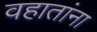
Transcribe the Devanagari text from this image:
वहातांना